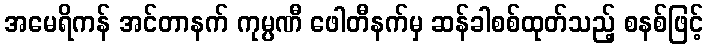
အမေရိကန် အင်တာနက် ကုမ္ပဏီ ဖေါတီနက်မှ ဆန်ခါစစ်ထုတ်သည့် စနစ်ဖြင့်